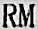
RM